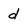
Character: d